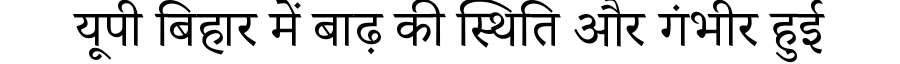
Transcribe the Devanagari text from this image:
यूपी बिहार में बाढ़ की स्थिति और गंभीर हुई